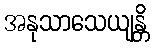
အနုသာသေယျန္တိ